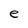
Character: e